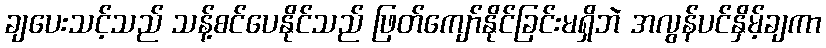
ချပေးသင့်သည် သန့်စင်ပေနိုင်သည် ဖြတ်ကျော်နိုင်ခြင်းမရှိဘဲ အလွန်ပင်နှိမ့်ချကာ